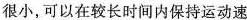
很小，可以在较长时间内保持运动速